Vaccination in Bombay 1902-1912 - 1902-1912
Year: 1902
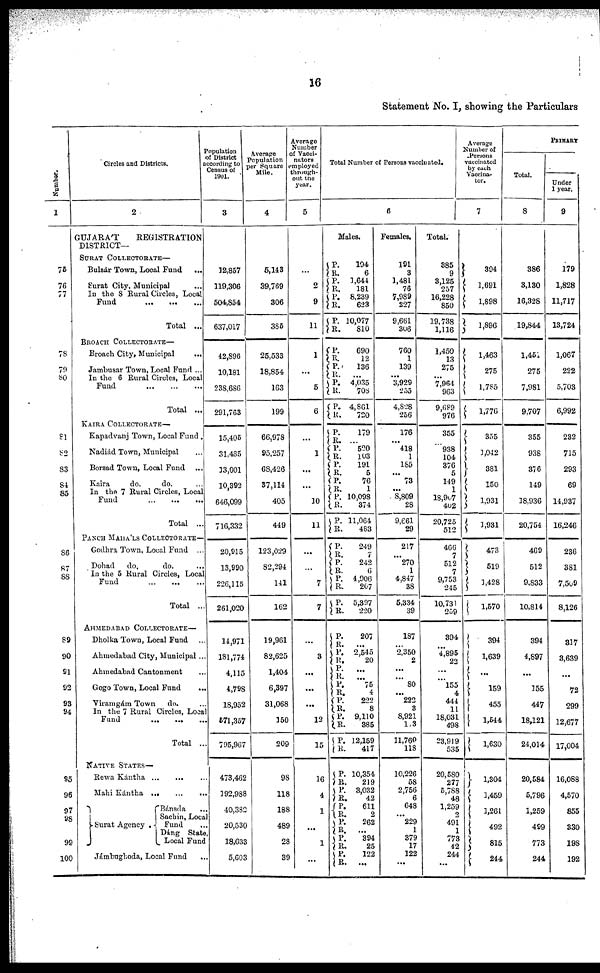
16
Statement No. I, showing the Particulars
Number.
1
75
76
77
78
79
80
81
82
83
84
85
86
87
88
89
90
91
92
93
94
95
96
97
98
99
100
Circles and Districts.
2
GUJARÁT
REGISTRATION
DISTRICT—
SURAT COLLECTORATE—
Bulsár Town, Local Fund ...
Surat City, Municipal
...
In the 8 Rural Circles, Local
Fund
...
... ...
Total ...
BROACH COLLECTORATE—
Broach City, Municipal
...
Jambusar Town, Local Fund ...
In the 6 Rural Circles, Local
Fund
...
...
...
Total ...
KAIRA COLLECTORATE—
Kapadvanj Town, Local Fund .
Nadiád Town, Municipal ...
Borsad Town, Local Fund ...
Kaira
do.
do. ...
In the 7 Rural Circle, Local
Fund ... ... ...
Total ...
PANCH MAHÁLS COLLECTORATE—
Godhra Town, Local Fund ...
Dohad
do.
do. ...
In the 5 Rural Circle, Local
Fund ... ... ...
Total ...
AHMEDABAD COLLECTORATE—
Dholka Town, Local Fund ...
Ahmedabad City, Municipal ...
Ahmedabad Cantonment ...
Gogo Town, Local Fund ...
Viramgám Town
do. ...
In the 7 Rural Circle, Local
Fund ... ... ...
Total ...
NATIVE STATES—
Rewa Kántha ...
... ...
Mahi Kántha
...
...
...
Surat Agency. Bánsda ...
Sachin, Local
Fund ...
Dáng State,
Local Fund
Jámbughoda, Local Fund ...
Population
of District
according to
Census of
1901.
3
12,857
119,306
504,854
637,017
42,896
10,181
238,686
291,763
15,405
31,435
13,001
10,392
646,099
716,332
20,915
13,990
226,115
261,020
14,971
181,774
4,115
4,798
18,952
571,357
795,967
473,462
192,988
40,382
20,530
18,633
5,603
Average
Population
per Square
Mile.
4
5,143
39,769
306
385
25,533
18,854
163
199
66,978
95,257
68,426
37,114
405
449
123,029
82,294
141
162
19,961
82,625
1,404
6,397
31,068
150
209
98
118
188
489
28
39
Average
Number
of Vacci¬
nators
employed
through-
out the
year.
5
...
2
9
11
1
...
5
6
...
1
...
...
10
11
...
...
7
7
...
3
...
...
...
12
15
16
4
1
...
1
...
Total Number of Persons vaccinated.
6
Males.
P.
R.
P.
R.
P.
R.
P.
R.
194
6
1,644
181
8,239
623
10,077
810
P.
R.
P. R.
P.
R.
P. R.
690
12
136
...
4,035
708
4,861
720
P.
R.
P.
R. P.
R.
P.
R.
P.
R.
P.
R.
179
...
520
103
191
5
76
1
10,098
374
11,064
483
P.
R.
P.
R.
P.
R.
P.
R.
249
7
242
6
4,906
207
5,397
220
P.
R.
P.
R.
P.
R.
P.
R. P.
R.
P.
R.
P.
R.
207
...
2,545
20
...
...
75
4
222
8
9,110
385
12,159
417
P.
R.
P.
R. P.
R. P.
R. P.
R.
P.
R.
10,354
219
3,032
42
611
2
262
...
394
25
122
...
Females.
191
3
1,481
76
7,989
227
9,661
306
760
1
139
...
3,929
255
4,828
256
176
...
418
1
155
...
73
...
8,809
28
9,661
29
217
...
270
1
4,847
38
5,334
39
187
...
2,350
2
... ...
80
...
222
3
8,921
113
11,760
118
10,226
58
2,756
6
648
...
229
1
379
17
122
...
Total.
385
9
3,125
257
16,228
850
19,738
1,116
1,450
13
275
...
7,964
963
9,689
976
355
...
938
104
376
5
149
1
18,907
402
20,725
512
466
7
512
7
9,753
245
10,731
259
394
...
4,895
22
...
...
155
4
444
11
18,031
498
23,919
535
20,580
277
5,788
48
1,259
2
491
1
773
42
244
...
Average
Number of
Persons
vaccinated
by each
Vaccina¬
tor.
7
394
1,691
1,898
1,896
1,463
275
1,785
1,776
355
1,042
381
150
1,931
1,931
473
519
1,428
1,570
394
1,639
...
159
455
1,544
1,630
1,304
1,459
1,261
492
815
244
PRIMARY
Total.
8
386
3,130
16,328
19,844
1,451
275
7,981
9,707
355
938
376
149
18,936
20,754
469
512
9,833
10,814
394
4,897
...
155
447
18,121
24,014
20,584
5,796
1,259
499
773
244
Under
1 year.
9
179
1,828
11,717
13,724
1,067
222
5,703
6,992
232
715
293
69
14,937
16,246
236
381
7,509
8,126
317
3,639
...
72
299
12,677
17,004
16,088
4,570
855
330
198
192